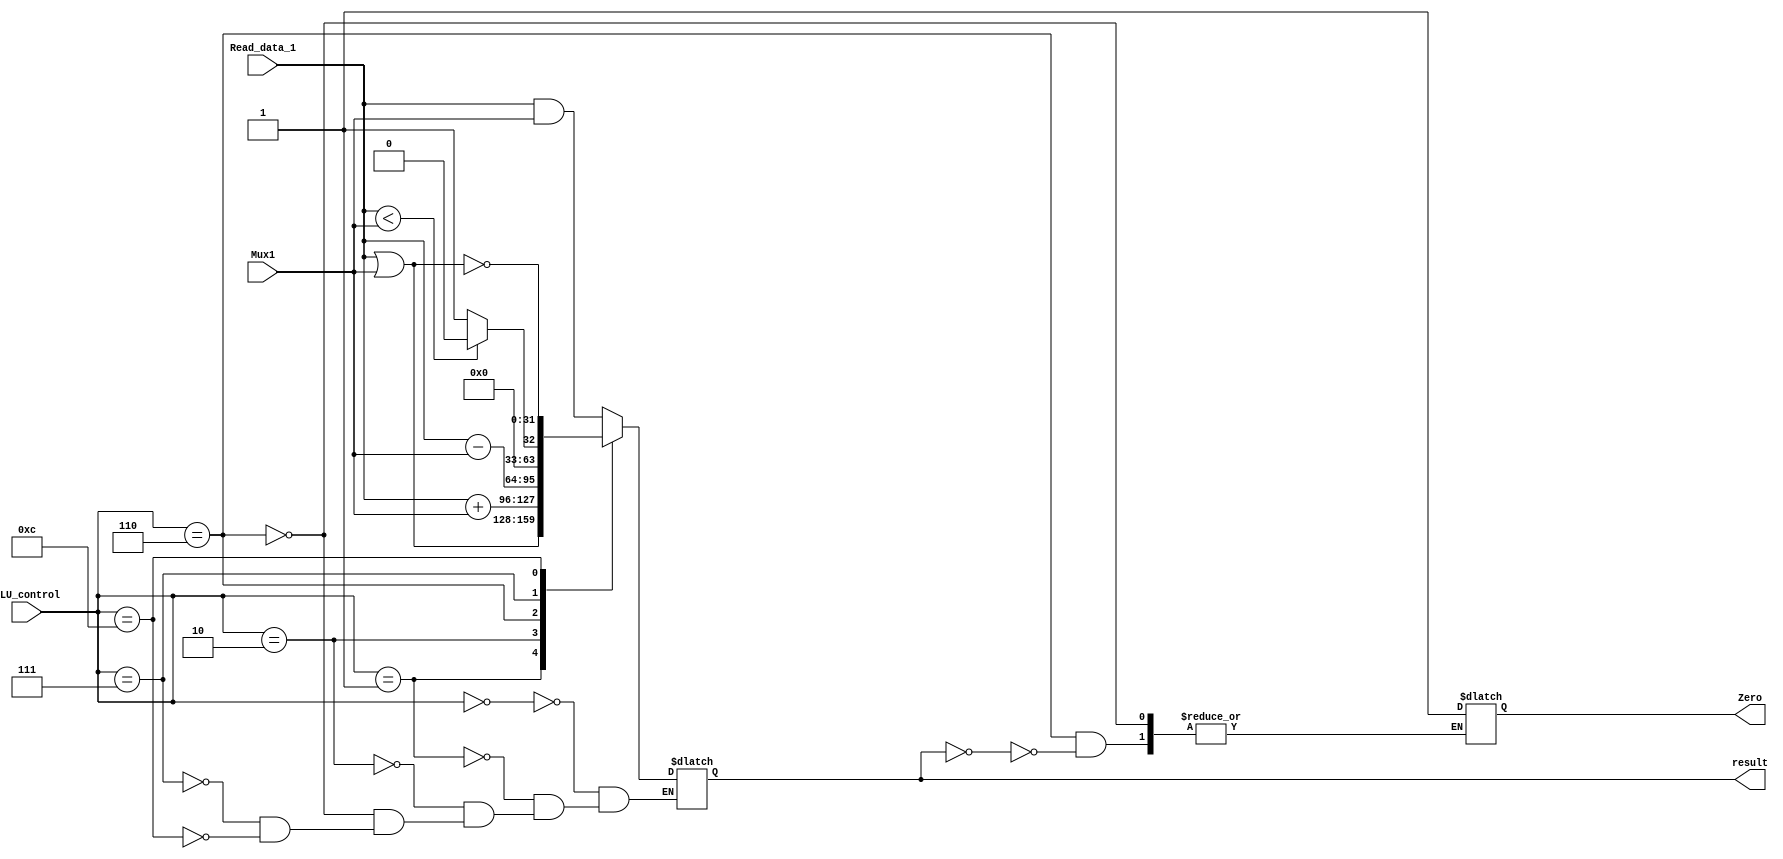
`timescale 1ns / 1ps
//////////////////////////////////////////////////////////////////////////////////
// Company: 
// Engineer: 
// 
// Design Name: 
// Module Name: ALU
// Project Name: 
// Target Devices: 
// Tool Versions: 
// Description: 
// 
// Dependencies: 
// 
// Revision:
// Revision 0.01 - File Created
// Additional Comments:
// 
//////////////////////////////////////////////////////////////////////////////////


module ALU(input [31:0] Read_data_1,input [31:0] Mux1,input [3:0] ALU_control,output reg [31:0] result,output reg Zero);
initial 
Zero = 1'b0;
always@(Read_data_1 or Mux1 or ALU_control)begin//Read_data_1 or Mux1 or 
case(ALU_control)
4'b0000:begin result <= Read_data_1 & Mux1;end
4'b0001:begin result <= Read_data_1 | Mux1;end
4'b0010:begin result <= /*32'b00000000000000000000000000000000+2'b11*/Read_data_1+Mux1;end//??????

4'b0110:begin 
result <= Read_data_1 - Mux1; 
if(result == 0) Zero <= 1'b1;
end
4'b0111:begin
if(Read_data_1 < Mux1) result <= 1'b0;
else result <= 1'b1;  
end
4'b1100:result <= ~(Read_data_1 | Mux1);
endcase
end
endmodule